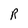
Character: R